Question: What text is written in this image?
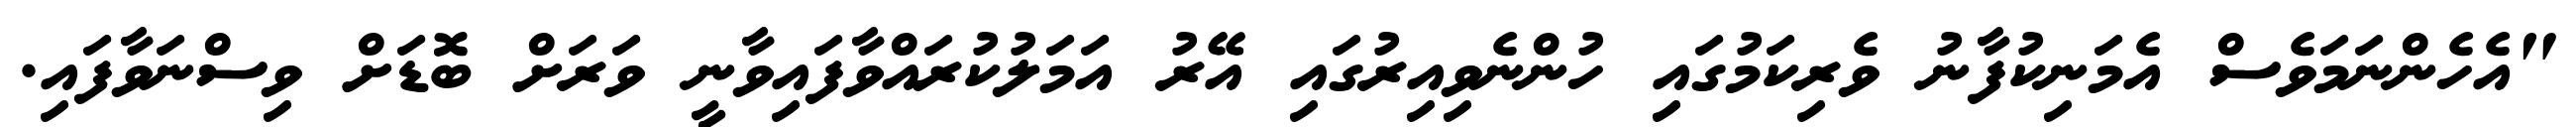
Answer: "އެހެންނަމަވެސް އެމަނިކުފާނު ވެރިކަމުގައި ހުންނެވިއިރުގައި އޭރު އަމަލުކުރައްވާފައިވާނީ ވަރަށް ބޮޑަށް ވިސްނަވާފައި.